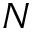
N